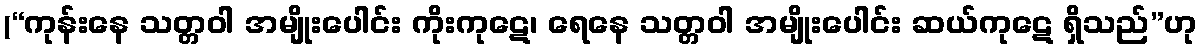
(“ကုန်းနေ သတ္တဝါ အမျိုးပေါင်း ကိုးကုဋေ၊ ရေနေ သတ္တဝါ အမျိုးပေါင်း ဆယ်ကုဋေ ရှိသည်”ဟု